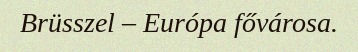
Brüsszel – Európa fővárosa.